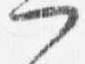
門